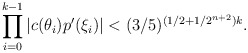
\begin{align*}\prod \limits^{k-1}_{i = 0} |c(\theta_i)p'(\xi_i)| < (3/5)^{(1/2 + 1/2^{n+2})k}.\end{align*}